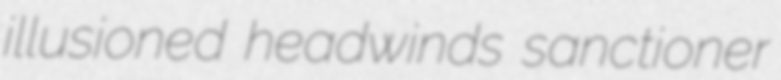
illusioned headwinds sanctioner